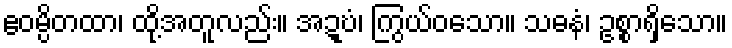
ဧဝမ္ပိတထာ၊ ထို့အတူလည်း။ အဍ္ဎံ၊ ကြွယ်ဝသော။ သဓနံ၊ ဥစ္စာရှိသော။